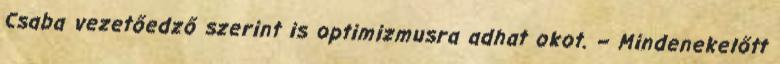
Csaba vezetőedző szerint is optimizmusra adhat okot. – Mindenekelőtt